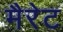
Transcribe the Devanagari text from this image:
मैरेट